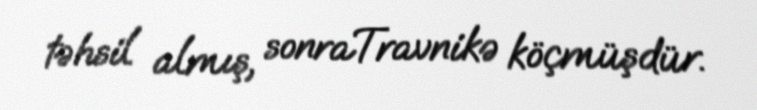
təhsil almış, sonraTravnikə köçmüşdür.